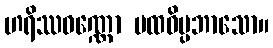
ဟရိဿဝဏ္ဏော ပထဝိပ္ပဘာသော။